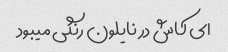
ای کاش در نایلون رنگی میبود